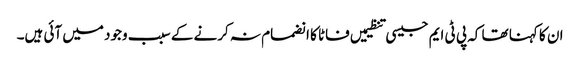
ان کا کہنا تھا کہ پی ٹی ایم جیسی تنظیمیں فاٹا کا انضمام نہ کرنے کے سبب وجود میں آئی ہیں۔